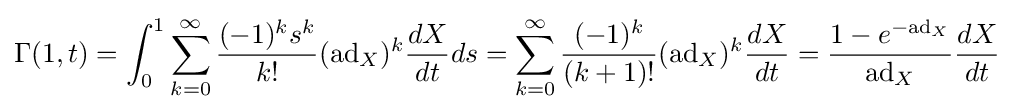
\Gamma (1,t)=\int _{0}^{1}\sum _{k=0}^{\infty }{\frac {(-1)^{k}s^{k}}{k!}}(\mathrm {ad} _{X})^{k}{\frac {dX}{dt}}ds=\sum _{k=0}^{\infty }{\frac {(-1)^{k}}{(k+1)!}}(\mathrm {ad} _{X})^{k}{\frac {dX}{dt}}={\frac {1-e^{-\mathrm {ad} _{X}}}{\mathrm {ad} _{X}}}{\frac {dX}{dt}}